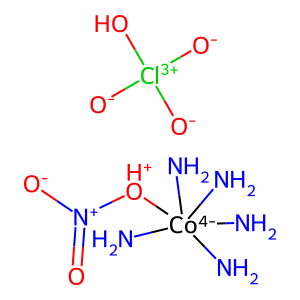
SMILES: N[Co-4](N)(N)(N)(N)[OH+][N+](=O)[O-].[O-][Cl+3]([O-])([O-])O
Inhibits HIV replication: No